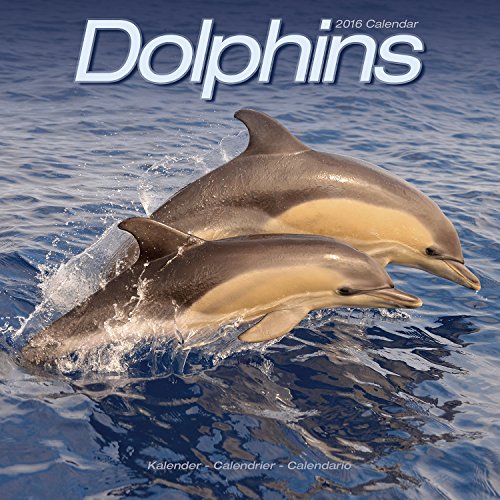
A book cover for Dolphins Calendar - 2016 Wall calendars - Animal Calendar - Monthly Wall Calendar by Avonside; MegaCalendars; Calendars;